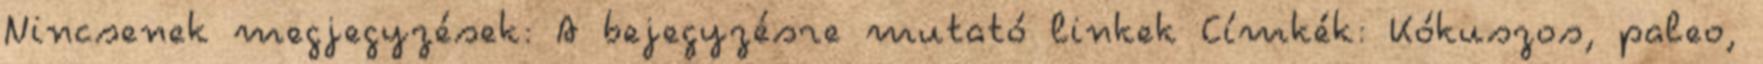
Nincsenek megjegyzések: A bejegyzésre mutató linkek Címkék: Kókuszos, paleo,